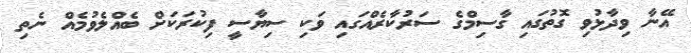
އޭނާ ވިދާޅުވި ގޮތުގައި ގާސިމްގެ ސަރުކާރެއްގައި ވަކި ސިޔާސީ ފިކުރަކަށް ބެއްލެވުމެއް ނެތި